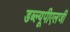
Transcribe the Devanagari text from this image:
डब्ल्यूपीएलजी